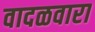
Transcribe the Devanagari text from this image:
वादळवारा